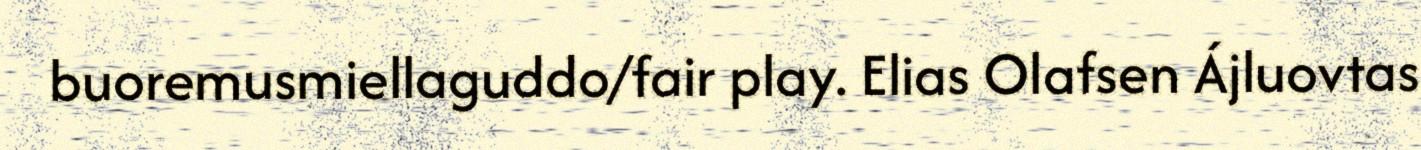
buoremusmiellaguddo/fair play. Elias Olafsen Ájluovtas